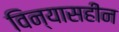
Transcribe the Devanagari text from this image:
विन्यासहीन